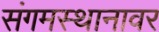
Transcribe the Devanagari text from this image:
संगमस्थानावर